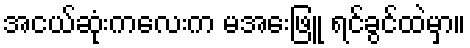
အငယ်ဆုံးကလေးက မအေးဖြူ ရင်ခွင်ထဲမှာ။